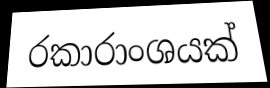
රකාරාංශයක්